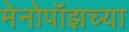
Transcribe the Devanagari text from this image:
मेनोपॉझच्या